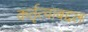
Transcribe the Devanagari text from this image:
कर्तृत्वाबद्दल